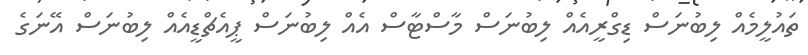
ތައުލީމެއް ލިބުނަސް ޑިގްރީއެއް ލިބުނަސް މާސްޓާސް އެއް ލިބުނަސް ޕީއެޗްޑީއެއް ލިބުނަސް އޭނަގެ